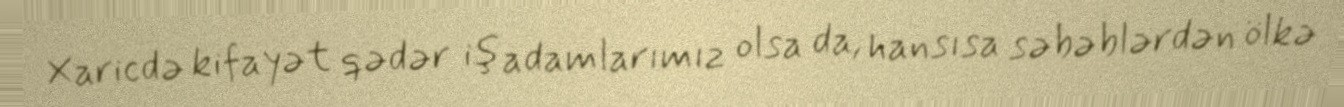
Xaricdə kifayət qədər iş adamlarımız olsa da, hansısa səbəblərdən ölkə